Leprosy in India: report of the Leprosy Commission in India, 1890-91
Year: 1890
Disease focus: Leprosy
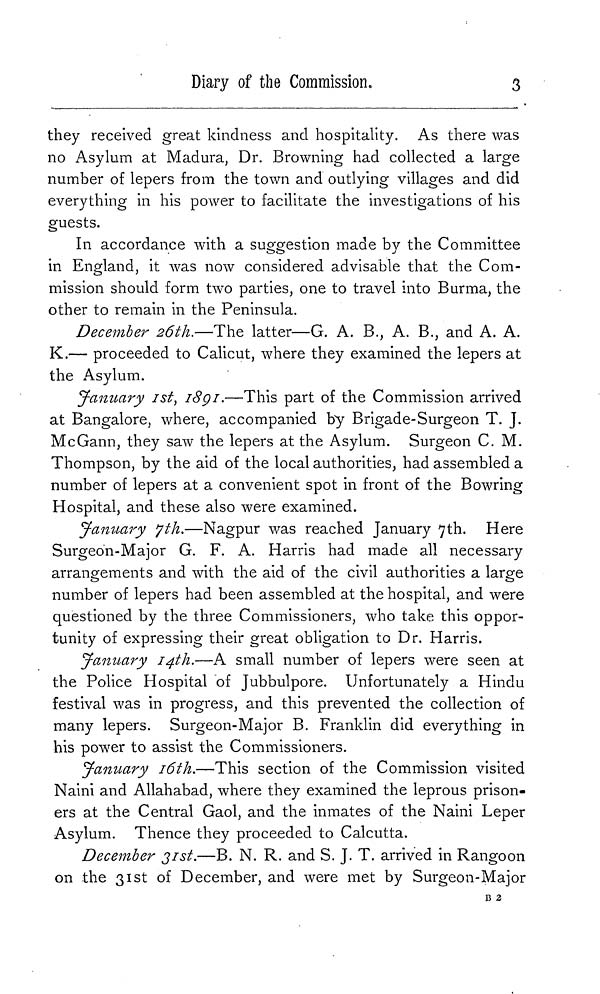
Diary of the Commission.
3
they received great kindness and hospitality. As there was
no Asylum at Madura, Dr. Browning had collected a large
number of lepers from the town and outlying villages and did
everything in his power to facilitate the investigations of his
guests.
In accordance with a suggestion made by the Committee
in England, it was now considered advisable that the Com-
mission should form two parties, one to travel into Burma, the
other to remain in the Peninsula.
December 26th.—The latter—G. A. B., A. B., and A. A.
K.— proceeded to Calicut, where they examined the lepers at
the Asylum.
January 1st, 1891.—This part of the Commission arrived
at Bangalore, where, accompanied by Brigade-Surgeon T. J.
McGann, they saw the lepers at the Asylum. Surgeon C. M.
Thompson, by the aid of the local authorities, had assembled a
number of lepers at a convenient spot in front of the Bowring
Hospital, and these also were examined.
January 7th.—Nagpur was reached January 7th. Here
Surgeon-Major G. F. A. Harris had made all necessary
arrangements and with the aid of the civil authorities a large
number of lepers had been assembled at the hospital, and were
questioned by the three Commissioners, who take this oppor-
tunity of expressing their great obligation to Dr. Harris.
January 14th.—A small number of lepers were seen at
the Police Hospital of Jubbulpore. Unfortunately a Hindu
festival was in progress, and this prevented the collection of
many lepers. Surgeon-Major B. Franklin did everything in
his power to assist the Commissioners.
January 16th.—This section of the Commission visited
Naini and Allahabad, where they examined the leprous prison-
ers at the Central Gaol, and the inmates of the Naini Leper
Asylum. Thence they proceeded to Calcutta.
December 31st.—B. N. R. and S. J. T. arrived in Rangoon
on the 31st of December, and were met by Surgeon-Major